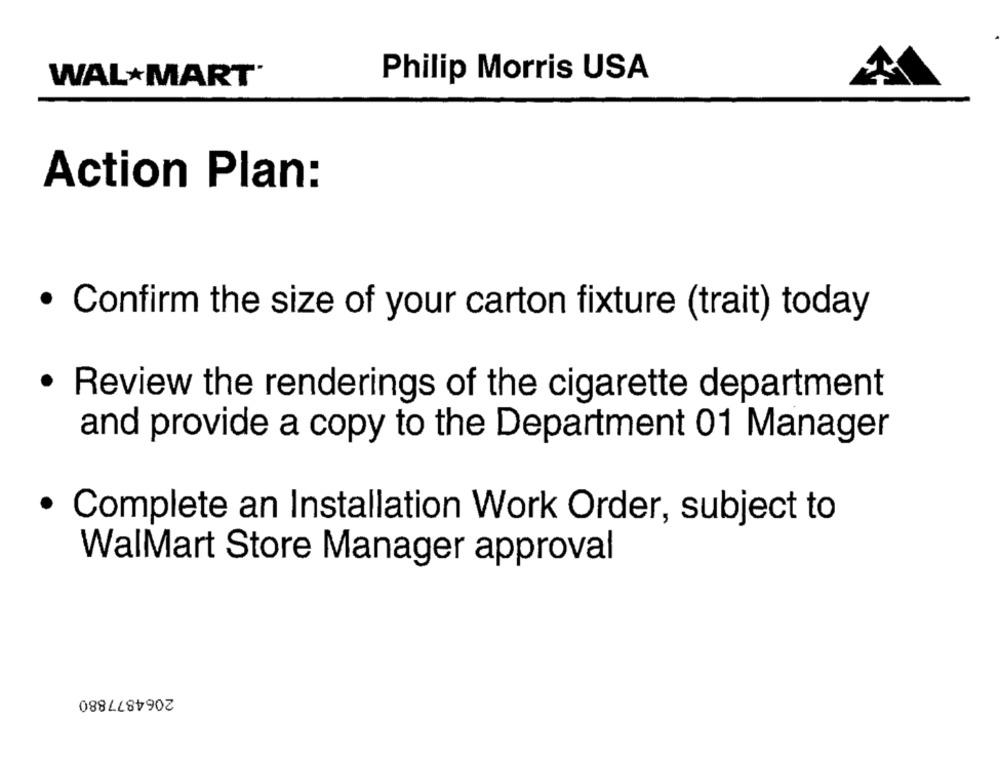
WALMART"
Philip Morris USA
Action Plan:
· Confirm the size of your carton fixture (trait) today
· Review the renderings of the cigarette department
and provide a copy to the Department 01 Manager
· Complete an Installation Work Order, subject to
WalMart Store Manager approval
2064877880